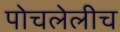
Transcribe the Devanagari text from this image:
पोचलेलीच